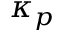
\kappa _ { p }